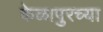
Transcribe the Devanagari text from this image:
केळापुरच्या